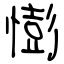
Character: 憉